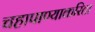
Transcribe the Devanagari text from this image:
चहापाण्याकरिता